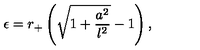
\epsilon = r _ { + } \left( \sqrt { 1 + \frac { a ^ { 2 } } { l ^ { 2 } } } - 1 \right) ,